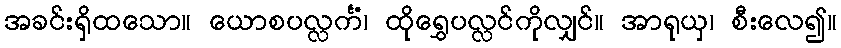
အခင်းရှိထသော။ ယောစပလ္လင်္ကံ၊ ထိုရွှေပလ္လင်ကိုလျှင်။ အာရုယှ၊ စီးလေ၍။